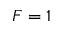
F = 1